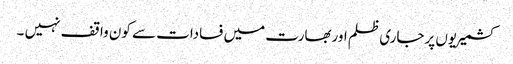
کشمیریوں پرجاری ظلم اوربھارت میں فسادات سے کون واقف نہیں ۔